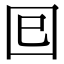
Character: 𡆳